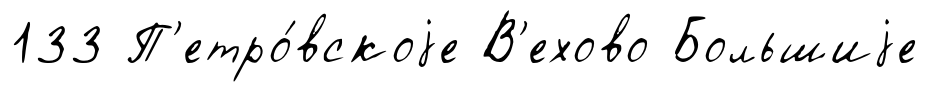
133 П'етро́вскоjе В'ехово Большиjе